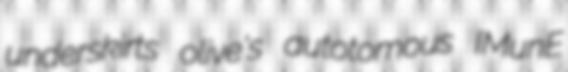
underskirts olive's autotomous IMunE